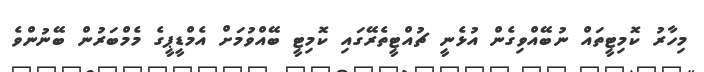
މިހާރު ކޮމިޓީތައް ނުބޭއްވިގެން އުޅެނީ ޗުއްޓީތެރޭގައި ކޮމިޓީ ބޭއްވުމަށް އެމްޑީޕީގެ މެމްބަރުން ބޭނުންވެ